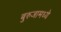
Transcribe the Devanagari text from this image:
बुरुजामध्ये